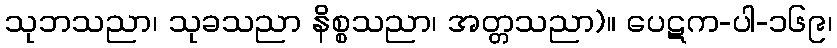
သုဘသညာ၊ သုခသညာ နိစ္စသညာ၊ အတ္တသညာ)။ ပေဋက-ပါ-၁၆၉၊